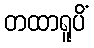
တထာရူပိံ